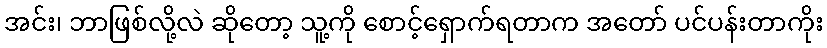
အင်း၊ ဘာဖြစ်လို့လဲ ဆိုတော့ သူ့ကို စောင့်ရှောက်ရတာက အတော် ပင်ပန်းတာကိုး